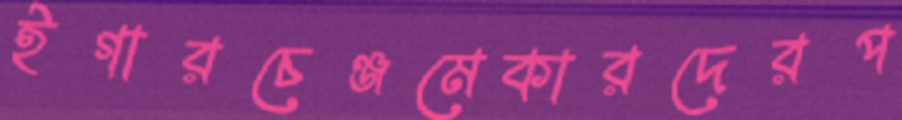
ইগারচেঞ্জমেকারদেরপ